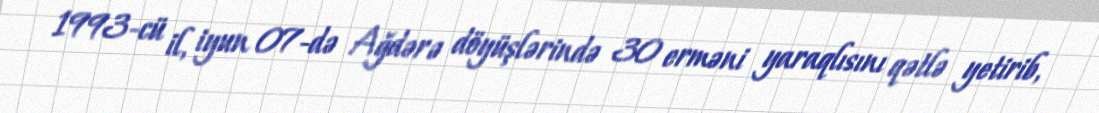
1993-cü il, iyun 07-də Ağdərə döyüşlərində 30 erməni yaraqlısını qətlə yetirib,